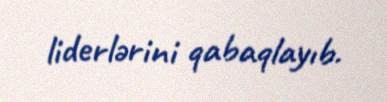
liderlərini qabaqlayıb.